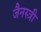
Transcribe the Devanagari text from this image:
जैनस्त्री